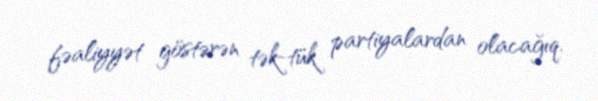
fəaliyyət göstərən tək-tük partiyalardan olacağıq.